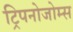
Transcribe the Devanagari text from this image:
ट्रिपनोजोम्स